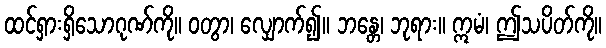
ထင်ရှားရှိသောဂုဏ်ကို။ ဝတွာ၊ လျှောက်၍။ ဘန္တေ၊ ဘုရား။ ဣမံ၊ ဤသပိတ်ကို။